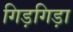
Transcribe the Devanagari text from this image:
गिड़गिड़ा